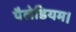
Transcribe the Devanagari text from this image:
पैलेडियम।